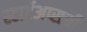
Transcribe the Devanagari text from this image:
स्टार्टअप्सची